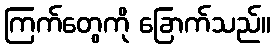
ကြက်တွေကို ခြောက်သည်။